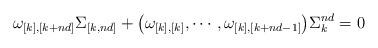
\begin{align*}\omega_{[k],[k+nd]}\Sigma_{[k,nd]}+\big(\omega_{[k],[k]},\cdots,\omega_{[k],[k+nd-1]}\big)\Sigma_k^{nd}=0\end{align*}